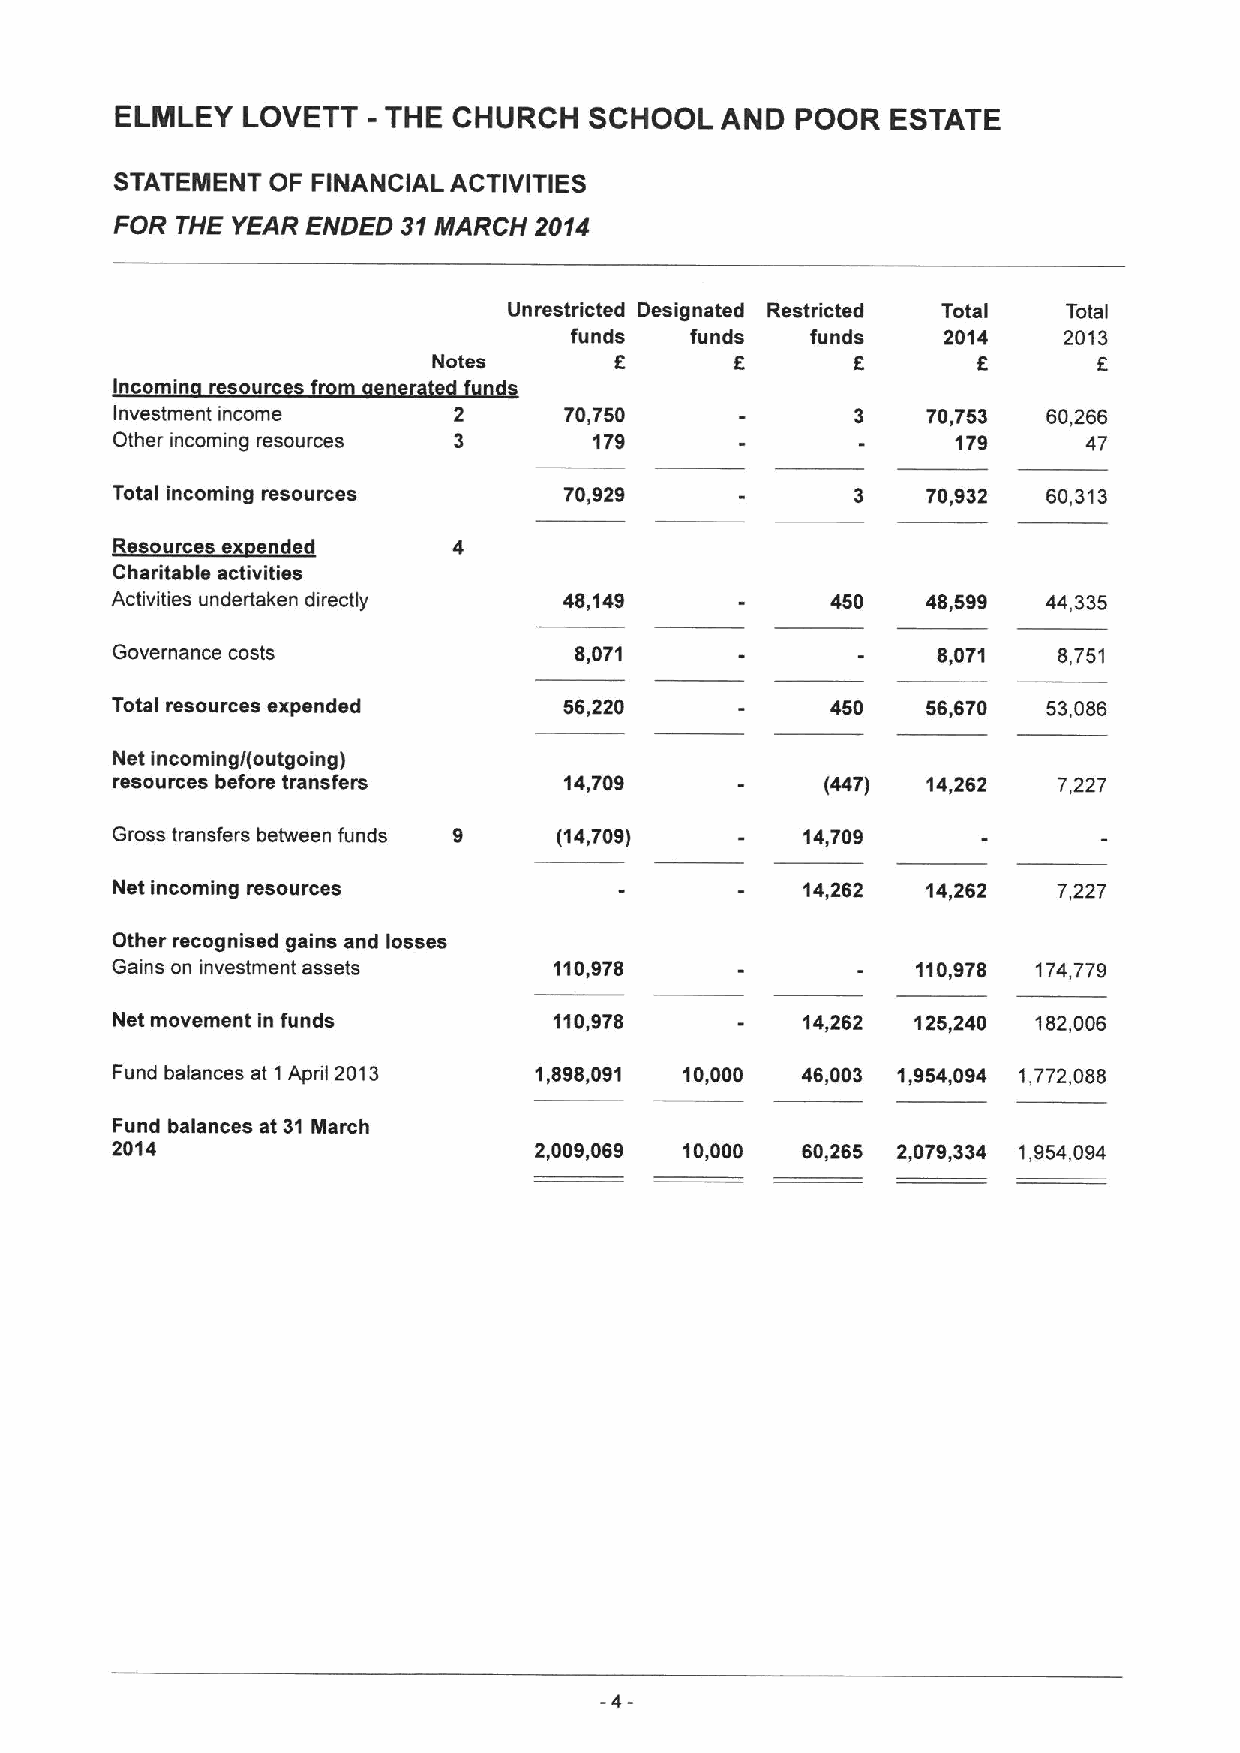
-
 ELMLEY  LOVETT   THE  CHURCH   SCHOOL   AND  POOR  ESTATE
 STATEMENT OF FINANCIAL ACTIVITIES
 FOR  THE YEAR ENDED 31MARCH 2014
 Unrestricted Designated Restricted Total Total
 funds   funds   funds   2014    2013
 f
 Notes                       8       6
 '  eor
 I                  n r  f
 Investment income             70,750                  70,753  60,266
 Other incoming resources        179                     179      47
 Total incoming resources      70,929                  70,932  60,313
 Charitable activities
 Activities undertaken directly 48,149           450   48,599  44,335
 Governance costs               8,071                   8,071   8,751
 Total resources expended      56,220            450   56,670  53,086
 Net incoming/(outgoing)
 resources before transfers    14,709            (447) 14,262   7,227
 Gross transfers between funds 9 (14,709)      14,709
 Net incoming resources                        14,262  14,262   7,227
 Other recognised gains and losses
 Gains on investment assets    110,978                 110,978 174,779
 Net movement in funds         110,978         14,262  125,240 182,006
 Fund balances at 1April 2013 1,898,091 10,000 46,003 1,954,094 1,772,088
 Fund balances at 31 Nlarch
 2014                        2,009,069 10,000  60,265 2,079,334 1,954,094